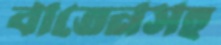
বাতেনসহ